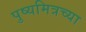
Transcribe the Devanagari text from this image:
पुष्यमित्रच्या